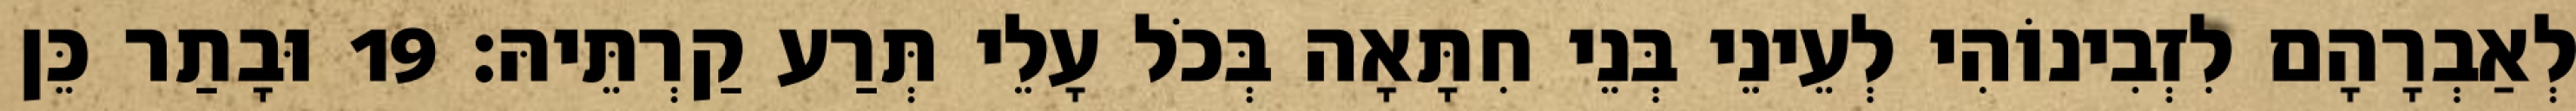
לְאַבְרָהָם לִזְבִינוֹהִי לְעֵינֵי בְּנֵי חִתָּאָה בְּכֹל עָלֵי תְּרַע קַרְתֵּיהּ׃ 19 וּבָתַר כֵּן